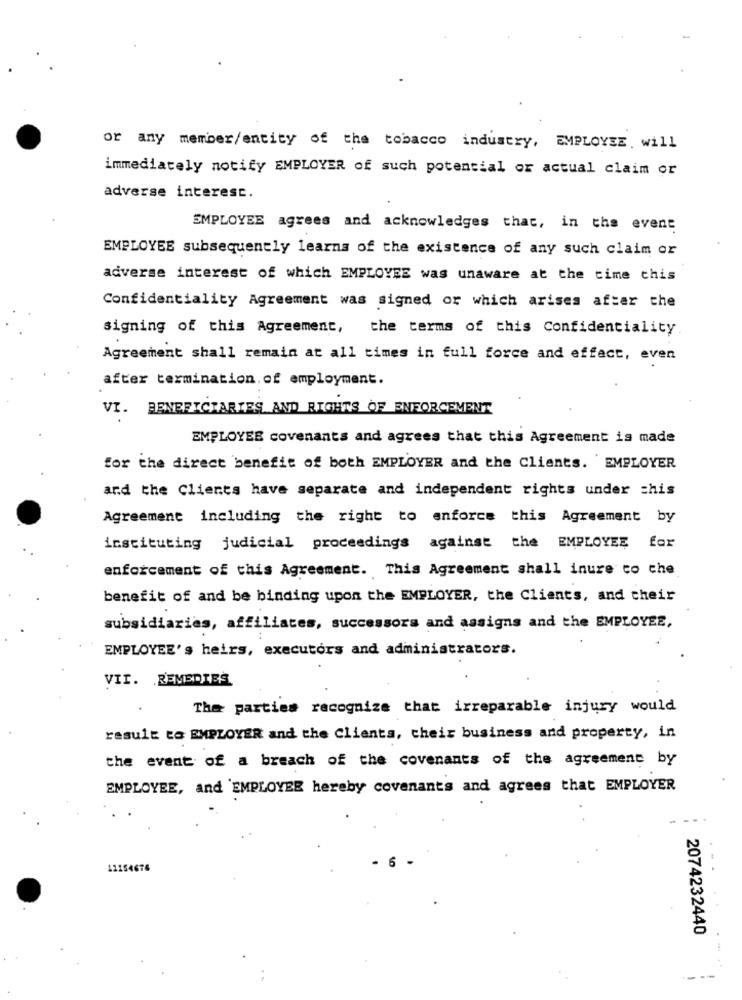
or any member/entity of the tobacco industry, EMPLOYEE, will
immediately notify EMPLOYER of such potential or actual claim or
adverse interest.
EMPLOYEE agrees and acknowledges that, in the event
EMPLOYEE subsequently learns of the existence of any such claim or
adverse interest of which EMPLOYEE was unaware at the time chis
Confidentiality Agreement was signed or which arises after che
signing of this Agreement,
the terms of this Confidentiality
Agreement shall remain at all times in full force and effect, even
after termination.of employment.
VI. BENEFICIARIES AND RIGHTS OF ENFORCEMENT
EMPLOYEE covenants and agrees that this Agreement is made
for the direct benefit of both EMPLOYER and the Clients. EMPLOYER
and the Clients have separate and independent rights under this
Agreement including the right to enforce this Agreement by
instituting judicial proceedings against the EMPLOYEE for
enforcement of this Agreement. This Agreement shall inure co che
benefit of and be binding upon the EMPLOYER, the Clients, and their
subsidiaries, affiliates, successors and assigns and the EMPLOYEE,
EMPLOYEE's heirs, executors and administrators.
VII. REMEDIES
The parties recognize that irreparable injury would
result to EMPLOYER and the Clients, cheis business and property, in
the event of a breach of the covenants of the agreement by
EMPLOYEE, and EMPLOYEE hereby covenants and agrees that EMPLOYER
. -
11154676
2074232440
---